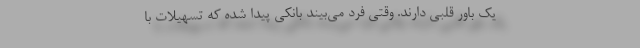
یک باور قلبی دارند. وقتی فرد می‌بیند بانکی پیدا شده که تسهیلات با